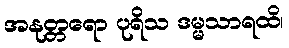
အနုတ္တရော ပုရိသ ဒမ္မသာရထိ၊